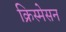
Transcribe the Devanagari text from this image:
क्रिस्मेसन